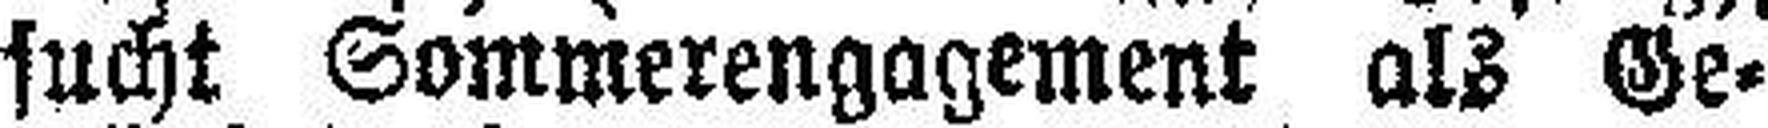
sucht Sommerengagement als Ge¬